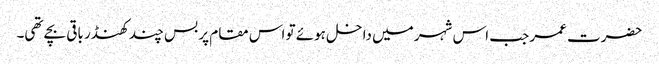
حضرت عمر جب اس شہر میں داخل ہوئے تو اس مقام پر بس چند کھنڈر باقی بچے تھی۔